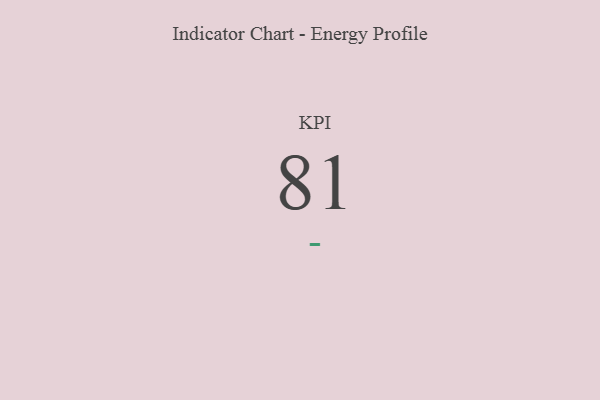
{"axis": {"x": "KPI", "y": "Value"}, "legend": [""], "data": [{"x": "KPI", "y": 81, "type": ""}]}